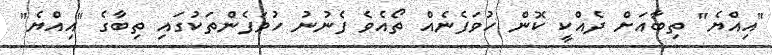
"އިއްޔެ" ތިބާއަށް ދެއްކީ ކޮން ހުވަފެނެއް ތޯއެވެ ފެނުނު ހުވަފެންތަކުގައި ތިބާގެ "އިއްޔެ"